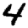
Digit: 4